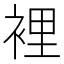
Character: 裡